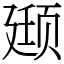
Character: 颋